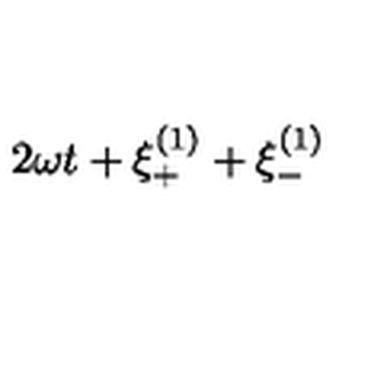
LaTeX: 2 \omega t + \xi _ { + } ^ { ( 1 ) } + \xi _ { - } ^ { ( 1 ) }